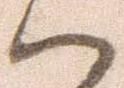
ハ